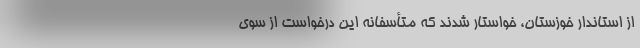
از استاندار خوزستان، خواستار شدند که متأسفانه این درخواست از سوی